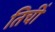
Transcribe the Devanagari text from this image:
तिचीं